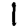
Digit: 1